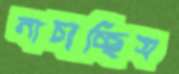
নাচাচ্ছিস